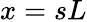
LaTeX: x=sL